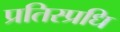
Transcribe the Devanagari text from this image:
प्रतिस्प्रधि